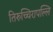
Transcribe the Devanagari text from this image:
तिरुच्चिरापल्लि